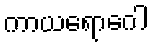
ကာယရောဂေါ